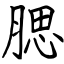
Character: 腮